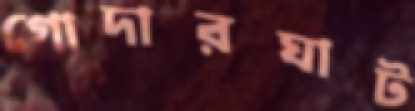
গোদারঘাট